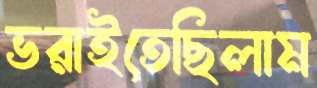
ভরাইতেছিলাম